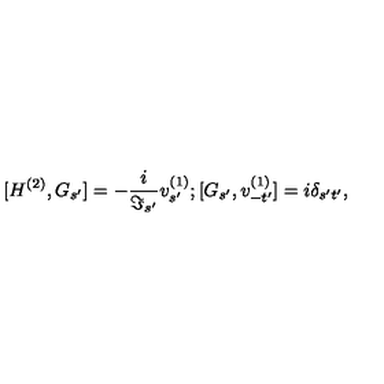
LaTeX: { [ H ^ { ( 2 ) } , G _ { s ^ { \prime } } ] } = - \frac { i } { \Im _ { s ^ { \prime } } } v _ { s ^ { \prime } } ^ { ( 1 ) } ; { [ G _ { s ^ { \prime } } , v _ { - t ^ { \prime } } ^ { ( 1 ) } ] } = i \delta _ { s ^ { \prime } t ^ { \prime } } ,